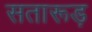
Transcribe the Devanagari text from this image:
सतारूड़